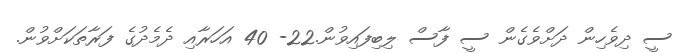
ސީ ދިވެހިން ދަށްވެގެން ސީ ފާސް ލިބިފައިވުން.22- 40 އަހަރާއި ދެމެދުގެ ފަރާތަކަށްވުން.